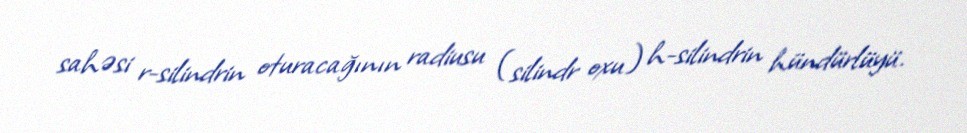
sahəsi r-silindrin oturacağının radiusu (silindr oxu) h-silindrin hündürlüyü.